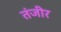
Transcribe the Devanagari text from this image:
तंजीर